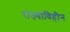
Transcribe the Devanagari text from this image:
राज्याविहीन